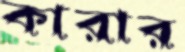
কারার